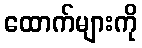
ထောက်များကို